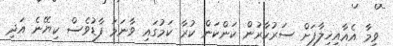
ވީމާ އެއާއިޚިލާފަށް ސަރުކާރުން ކަންކަން ކުރާ ކަމުގައި ވާނަމަ ފާޑުވެސް ކިޔޭނެ އަދި